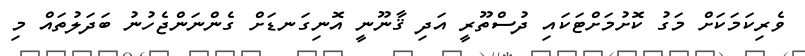
ވެރިކަމަކަށް މަގު ކޮށުމަށްޓަކައި ދުސްތޫރީ އަދި ޤާނޫނީ އޮނިގަނޑަށް ގެންނަންޖެހުނު ބަދަލުތައް މި